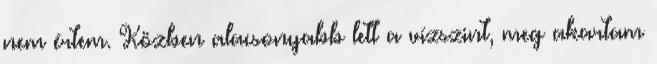
nem értem. Közben alacsonyabb lett a vízszint, meg akartam